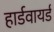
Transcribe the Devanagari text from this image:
हार्डवायर्ड